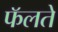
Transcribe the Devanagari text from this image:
फॅलते